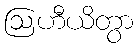
ဩဟီယိတွာ